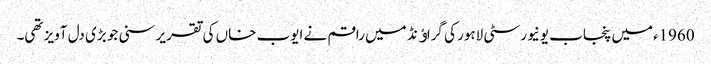
1960ءمیں پنجاب یونیورسٹی لاہور کی گراﺅنڈ میں راقم نے ایوب خاں کی تقریر سنی جو بڑی دل آویز تھی۔